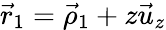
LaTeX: \vec{r}_{1}=\vec{\rho}_{1}+z\vec{u}_{z}